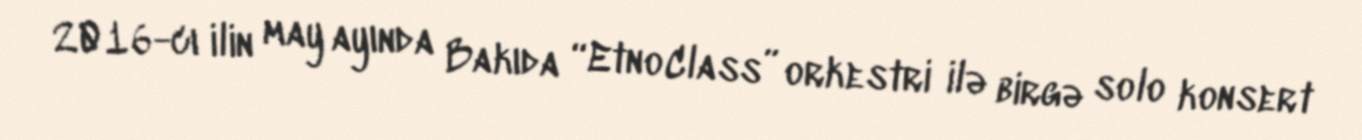
2016-cı ilin may ayında Bakıda “EtnoClass” orkestri ilə birgə solo konsert